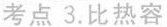
考点 3.比热容